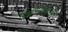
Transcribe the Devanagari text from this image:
विद्यापीठाच्यावतीने